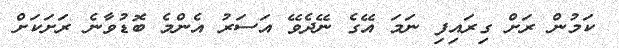
ކަމުން ރަށް ގިރައިފި ނަމަ އޭގެ ނޭދެވޭ އަސަރު އެންމެ ބޮޑުވާނެ ރަށަކަށް